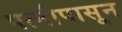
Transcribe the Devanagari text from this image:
पत्‍नीपासून